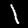
Digit: 1